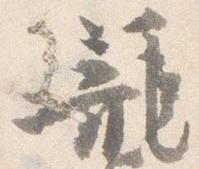
籠